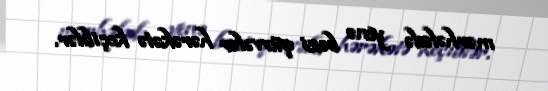
mərhələdə yenə bəzi qüvvələr hərəkətə keçiblər.